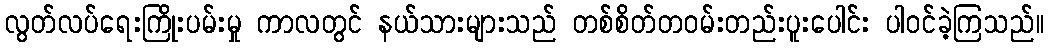
လွတ်လပ်ရေးကြိုးပမ်းမှု ကာလတွင် နယ်သားများသည် တစ်စိတ်တဝမ်းတည်းပူးပေါင်း ပါဝင်ခဲ့ကြသည်။